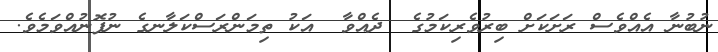
ނުބުނާ އެއްވެސް ރަށަކަށް ބިރުވެރިކަމުގެ  ދެއްވާ  އަކު ތިމަންރަސްކަލާނގެ ނުފޮނުއްވަމެވެ.